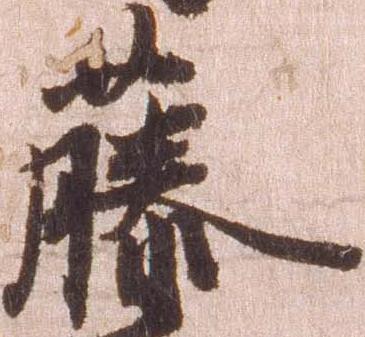
藤